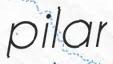
pilar